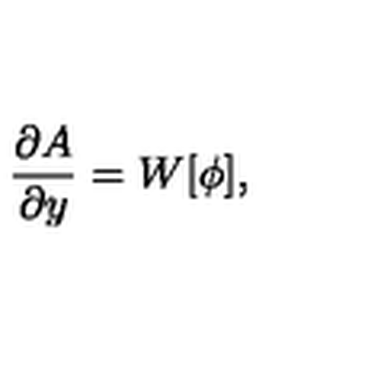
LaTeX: \frac { \partial A } { \partial y } = W [ \phi ] ,